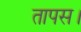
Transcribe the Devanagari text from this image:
तापस।